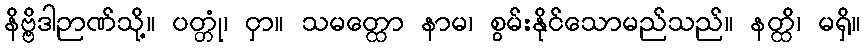
နိဗ္ဗိဒါဉာဏ်သို့။ ပတ္တုံ၊ ငှာ။ သမတ္ထော နာမ၊ စွမ်းနိုင်သောမည်သည်။ နတ္ထိ၊ မရှိ။